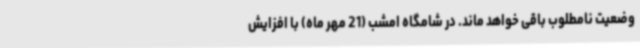
وضعیت نامطلوب باقی خواهد ماند. در شامگاه امشب (21 مهر ماه) با افزایش